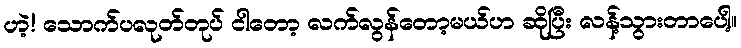
ဟဲ့! သောက်ပလုတ်တုပ် ငါတော့ လက်လွန်တော့မယ်ဟ ဆိုပြီး လန့်သွားတာပေါ့။